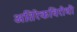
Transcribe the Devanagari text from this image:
अतिरेकविरोधी